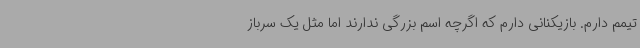
تیمم دارم. بازیکنانی دارم که اگرچه اسم بزرگی ندارند اما مثل یک سرباز